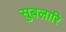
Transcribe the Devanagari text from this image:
सुबलारि